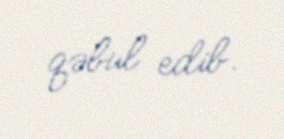
qəbul edib.